Report on sanitation, dispensaries, and jails in Rajputana for 1910, and on vaccination for the year 1910-1911 - 1910-1911
Year: 1910
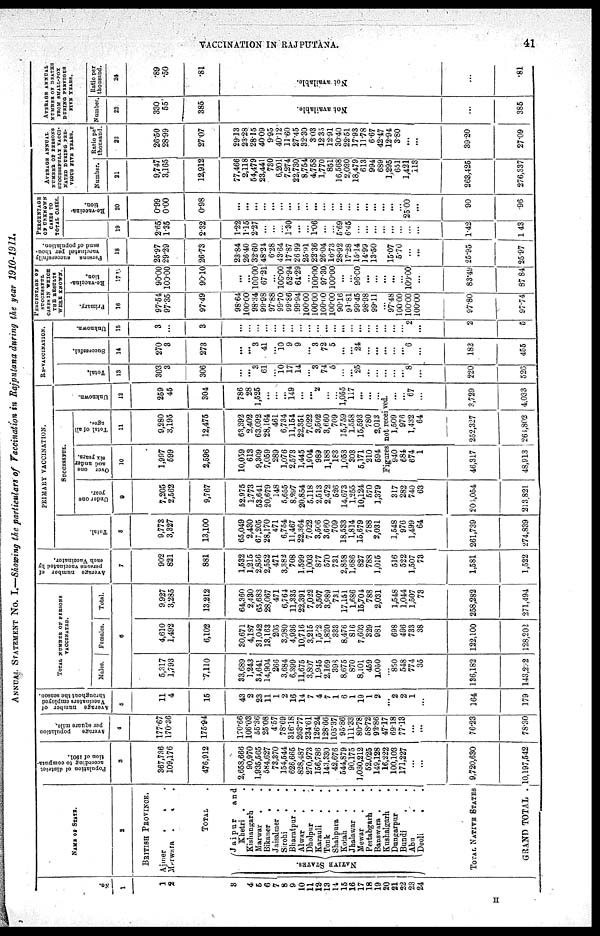
VACCINATION IN RAJPUTANA.
41
ANNUAL STATEMENT NO. I.—Showing the particulars of Vaccination in Rajputana during the year 1910-1911.
No.
1
1
2
3
4
5
6
7
8
9
10
11 12
13
14
15
16
17
18
19
20
21
22
23
24
NAME OF STATE.
2
BRITISH PROVINCE.
Ajmer
.
.
Merwara .
.
.
TOTAL
NATIVE STATES.
Jaipur
and
Khetri .
Kishangarh .
Marwar
.
Bikaner
.
.
Jaisalmer . .
Sirohi
.
.
Bharatpur . .
Alwar
.
.
Dholpur . .
Karauli
.
.
Tonk . .
Shahpura . .
Kotah . .
Jhalawar . .
Mewar . .
Pertabgarh .
Banawara .
Kushalgarh .
Dungarpur .
Bundi . .
Abu . .
Deoli . .
TOTAL NATIVE STATES
GRAND TOTAL .
Population of district
according to computa¬
tion of 1901.
3
367,736
109,176
476,912
2,658,666
90,970
1,935,565
584,627
73,370
154,544
626,665
828,487
270,973
156,786
143,330
42,676
544,879
90,175
1,030,212
52,025
149,128
16,222
100,103
171,227
...
...
9,720,630
10,197,642
Average
population
per square mile.
4
177.67
170.36
175.94
170.66
106.03
56.36
25.08
4.57
78.69
316.18
263.77
234.61
126.24
128.66
105.37
95.86
111.33
80.78
58.72
92.86
47.17
69.18
77.13
...
...
76.23
78.30
Average number of
Vacciuators employed
throughout the season.
5
11
4
15
43
2
23
11
1
2
16
14
7
4
7
1
6
1
19
1
2
...
2
2
1
...
164
179
TOTAL NUMBER OF PERSONS
VACCINATED.
Males.
Females.
Total.
6
5,317
1,793
7,110
33,689
1,243
31,641
14,904
266
3,684
6,399
11,675
3,807
1,945
2,169
398
8,675
870
8,101
459
1,050
...
850
548
774
35
186,182
143,292
4,610
1,492
6,102
30,671
4,187
31,042
18,163
203
3,080
4,936
10,716
3,215
1,562
1,820
333
8,476
816
7,603
829
981
...
698
496
733
38
122,100
128,202
9,927
3,285
13,212
64,360
2,480
65,683
28,067
471
6,764
11,335
22,391
7,022
3,507
3,989
731
17,151
1.686
15,704
788
2,031
...
1,548
1,044
1,507
73
258,282
271,494
Average number of
persons vaccinated by
each Vaccinator.
7
902
821
881
1,532
1,215
2,856
2,552
471
3,382
708
1,599
1,003
877
570
731
2,858
1,686
827
788
1,016
...
516
522
1,507
73
1,581
1,522
PRIMARY VACCINATION.
Total.
8
9,778
3,327
13,100
65,049
2,430
67,205
28,170
471
6,754
11,467
22,364
7.022
3,506
3,660
709
18,533
1,814
15,679
788
2,031
...
1,548
976
1,499
64
261,739
274,839
Successful.
Under one
year.
9
7,205
2,562
9,767
52,975
1,773
53,641
20,679
148
5,655
8,297
20,854
5,118
2.513
2,472
526
14,673
1,255
10,124
570
1,379
...
317
282
740
63
204,054
213,821
Over one
and under
six years.
10
1,997
599
2,596
10,059
613
9,309
7,059
289
1,076
2,573
1,445
1,904
989
1,188
183
1,053
303
5,171
210
594
Total of all
ages.
11
9,280
3,195
12,475
63,392
2,402
63,092
28,164
461
6,734
11,154
22,351
7,022
3,502
3,660
709
16,759
1,568
15,593
780
2,013
Unknown.
12
259
45
304
786
28
1,526
...
...
...
149
...
...
2
...
...
1,055
117
...
...
...
Figures not received.
940
684
674
1
46,317
48,913
1,509
976
1,432
64
252,327
261,802
...
...
67
...
3,729
4,033
RE-VACCINATION.
Total.
13
303
3
306
...
...
3
61
...
10
17
14
...
3
74
5
...
...
25
...
...
...
...
...
8
...
220
526
Successful.
14
270
3
273
...
...
3
41
...
10
9
9
...
3
72
5
...
...
24
...
...
...
...
...
6
...
182
455
Unknown.
15
3
...
3
...
...
...
...
...
...
. . .
...
...
. ..
...
...
...
...
...
...
...
...
...
...
2
...
2
5
PERCENTAGE OF
SUCCESSFUL
CASES IN WHICH
THE RESULTS
WERE KNOWN.
Primary.
16
97.54
97.35
97.49
98.64
100.00
98.34
99.98
97.88
99.70
99.86
99.94
100 00
10000
l00.00
100.00
9016
91.81
99.45
98.98
99.11
...
97.48
100.00
100.00
100.00
97.80
97.74
Re-vaccina-
tion.
17
90.00
100.00
90.10
...
100.00
67.21
...
100.00
52.94
61.29
...
100.00
97.30
100.00
...
...
96.00
...
...
...
...
...
100.00
...
83.49
87.84
Persons
successfully
vaccinated per thou-
sand of population.
18
25.97
29.29
26.73
23.84
26.40
32.60
48.211
6.28
43.64
17.87
26.99
25.911
22.36
26.04
16.73
28.92
17.28
15.14
14.99
13.50
15.07
5.70
...
...
25.95
25.97
PERCENTAGE
OF UNKNOWN
CASES TO
TOTAL CASES.
19
2.65
1.35
2.32
1.22
115
2.27
...
...
...
1.30
...
...
1.06
...
...
5.69
6.45
...
...
...
...
...
...
...
...
1.42
1.43
Re-vaccina¬
tion.
20
0.99
0.00
0.98
...
..,
...
...
...
...
...
...
...
...
...
...
...
...
...
...
...
...
25.00
...
.90
.96
AVERAGE ANNUAL
NUMBER OF PERSONS
SUCCESSFULLY VACCI¬
NATED DURING PRE-
VIOUS FIVE YEARS.
Number.
21
9,747
3,165
12,912
77,466
2,118
64,479
23,441
730
6,201
7,274
22,730
8,754
4,758
1,770
851
16,568
2,030
18,479
613
994
689
1,295
651
1,421
113
263,425
276,337
Ratio per
thousand.
22
26.50
28.99
27.07
29.13
23.28
2815
40.09
9.95
40.12
11.60
27.45
32.30
3.03
12.35
12.91
30.40
22.51
17.93
11.78
6.67
42.47
12.94
3.80
...
...
39.20
27.09
AVERAGE ANNUAL
NUMBER OF DEATHS
FROM SMALL-POX
DURING PREVIOUS
FIVE YEARS.
Number
23
330
55
385
Not available.
...
385
Ratio per
thousand.
24
.89
.50
.81
Not available.
...
.81
H